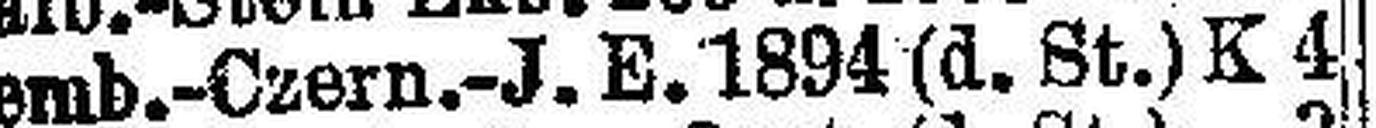
Lemb.-Czern.-J. E. 1894 (d. St.) K 4